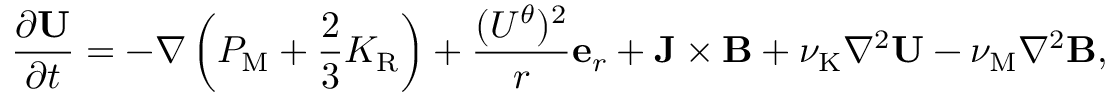
\frac { \partial { \bf { U } } } { \partial t } = - \nabla \left( { P _ { \mathrm { { M } } } + \frac { 2 } { 3 } K _ { \mathrm { R } } } \right) + \frac { ( U ^ { \theta } ) ^ { 2 } } { r } { \bf { e } } _ { r } + { \bf { J } } \times { \bf { B } } + \nu _ { \mathrm { { K } } } \nabla ^ { 2 } { \bf { U } } - \nu _ { \mathrm { M } } \nabla ^ { 2 } { \bf { B } } ,